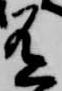
有